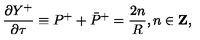
\frac { \partial Y ^ { + } } { \partial \tau } \equiv P ^ { + } + \bar { P } ^ { + } = \frac { 2 n } { R } , n \in { \bf Z } ,